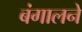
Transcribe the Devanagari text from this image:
बंगालने